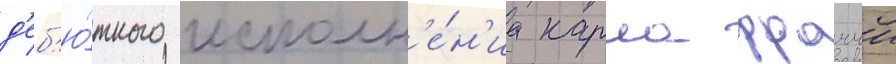
д'еб'ю́тного исполн'е́н'иа карла фраччи